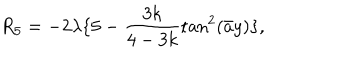
R _ { 5 } = - 2 \lambda \{ 5 - \frac { 3 k } { 4 - 3 k } \tan ^ { 2 } ( \bar { a } y ) \} ,